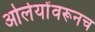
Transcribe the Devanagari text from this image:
ओर्लेयोंवरूनच